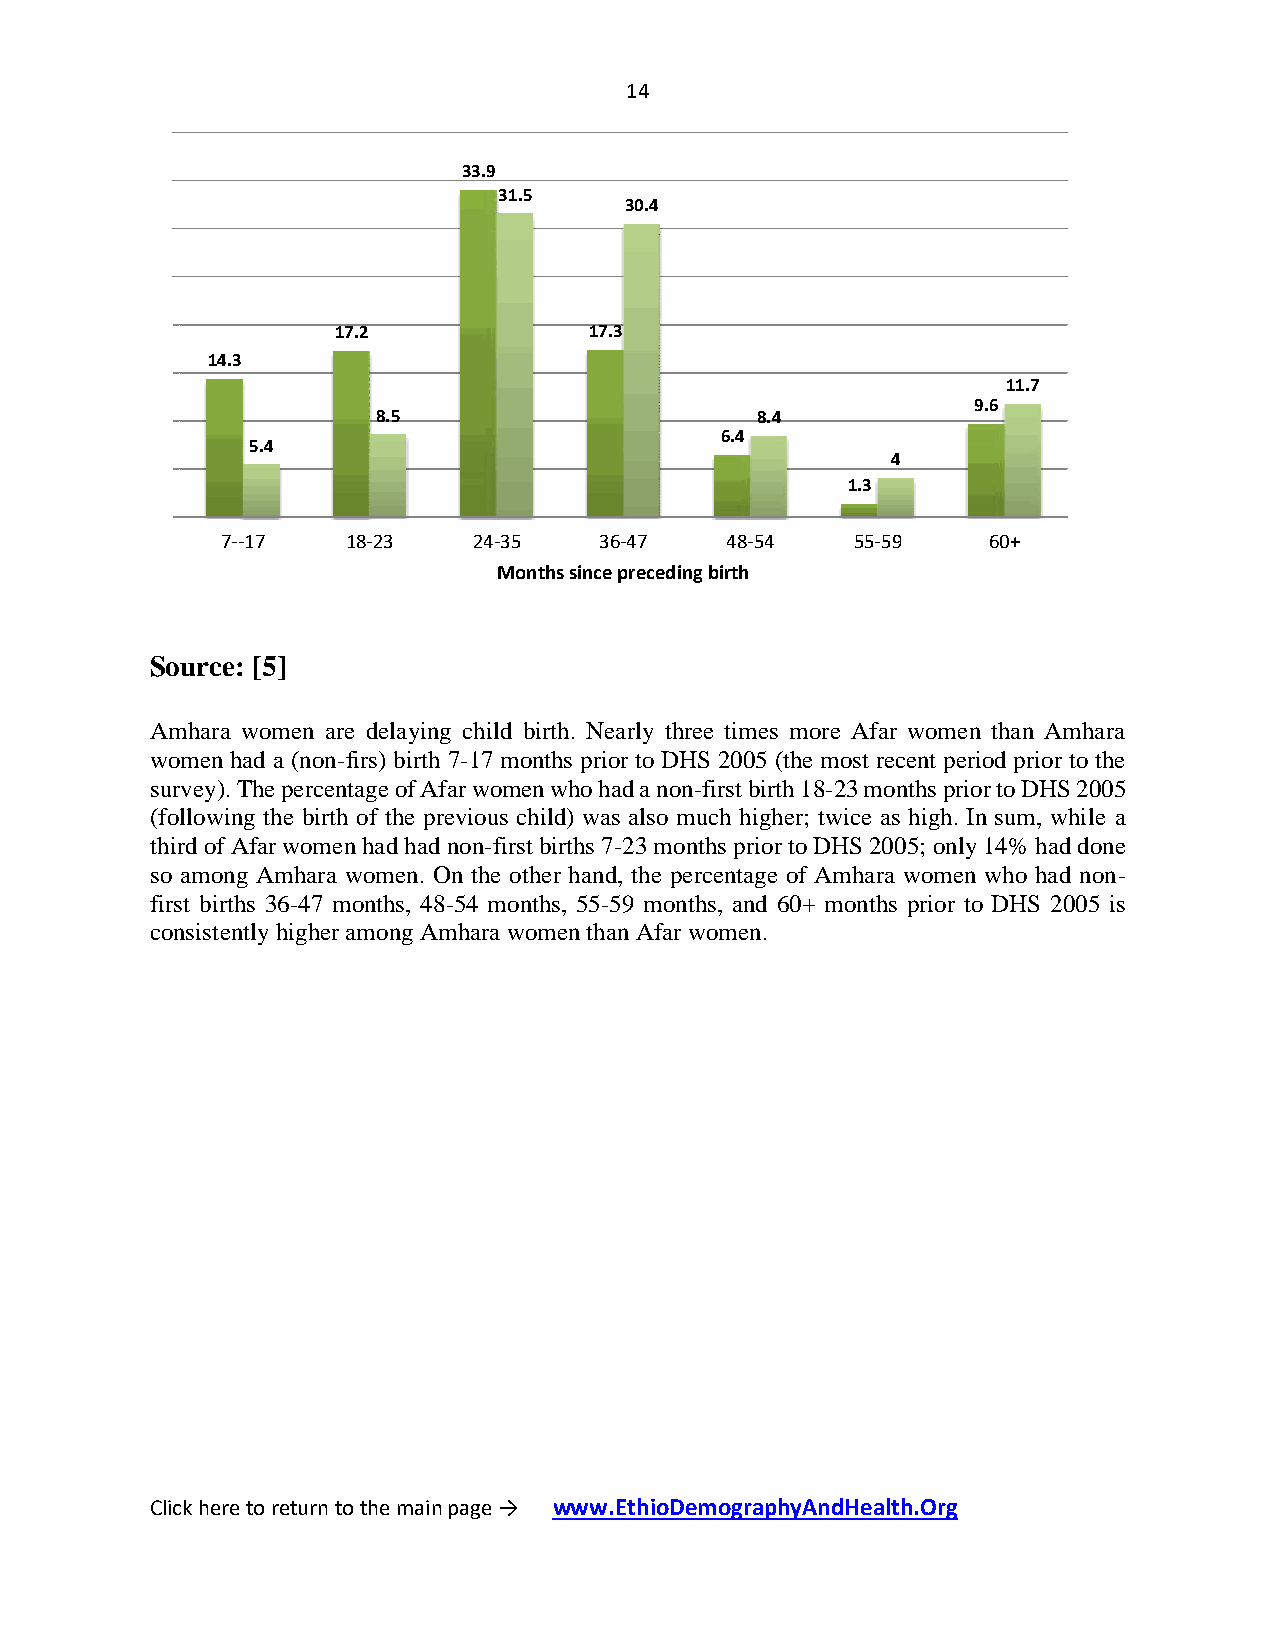
14
 33.9
 31.5
 30.4
 17.2             17.3
 14.3
 11.7
 9.6
 8.5                      8.4
 6.4
 5.4
 4
 1.3
 7--17   18-23   24-35    36-47   48-54    55-59   60+
 Months since preceding birth
 Source: [5]
 Amhara women are delaying child birth. Nearly three times more Afar women than Amhara
 women had a (non-firs) birth 7-17 months prior to DHS 2005 (the most recent period prior to the
 survey). The percentage of Afar women who had a non-first birth 18-23 months prior to DHS 2005
 (following the birth of the previous child) was also much higher; twice as high. In sum, while a
 third of Afar women had had non-first births 7-23 months prior to DHS 2005; only 14% had done
 so among Amhara women. On the other hand, the percentage of Amhara women who had non-
 first births 36-47 months, 48-54 months, 55-59 months, and 60+ months prior to DHS 2005 is
 consistently higher among Amhara women than Afar women.
 Click here to return to the main page → www.EthioDemographyAndHealth.Org